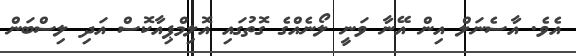
އެވެ. އާސެނަލް އިން އޭނާ ވަނީ ލޯނެއްގެ ގޮތުގައި އޮލިމްޕިއާކޮސް އަދި ލިސްބަން